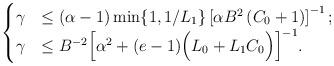
LaTeX: \begin{align*} \begin{cases} \gamma &\leq {(\alpha-1)}\min\{ 1 , {1}/{L_1} \}\left[{\alpha B^2\left( C_0 + 1 \right)}\right]^{-1};\\ \gamma &\leq B^{-2}\Big[\alpha^2 + (e-1) \Big(L_{0}+ L_1 C_0\Big) \Big]^{-1}. \end{cases} \end{align*}